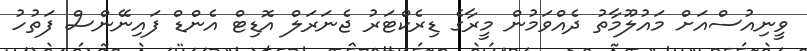
ވީނިއުސްއަށް މައުލޫމާތު ދެއްވަމުން މީރާގެ ޑިރެކްޓަރު ޖެނަރަލް އޮޑިޓް އެންޑް ފައިނޭންސް ފަތުހު